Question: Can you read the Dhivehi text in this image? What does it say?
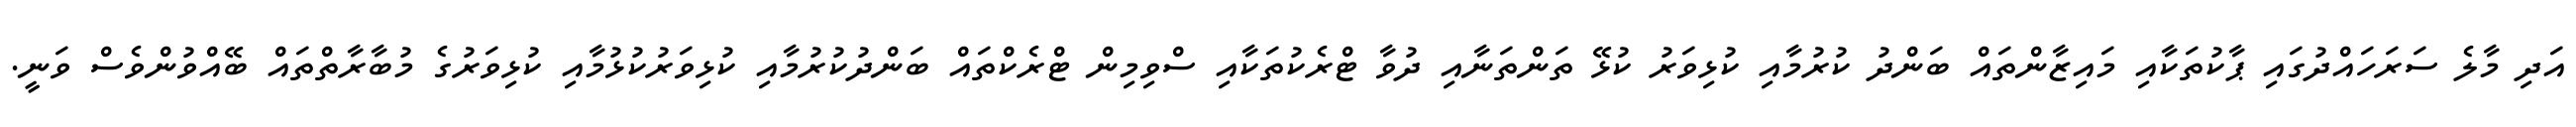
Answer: އަދި މާލެ ސަރަހައްދުގައި ޕާކުތަކާއި މައިޒާންތައް ބަންދު ކުރުމާއި ކުޅިވަރު ކުޅޭ ތަންތަނާއި ދުވާ ޓްރެކުތަކާއި ސްވިމިން ޓްރެކްތައް ބަންދުކުރުމާއި ކުޅިވަރުކުޅުމާއި ކުޅިވަރުގެ މުބާރާތްތައް ބޭއްވުންވެސް ވަނީ.